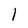
Character: 1